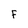
Character: F